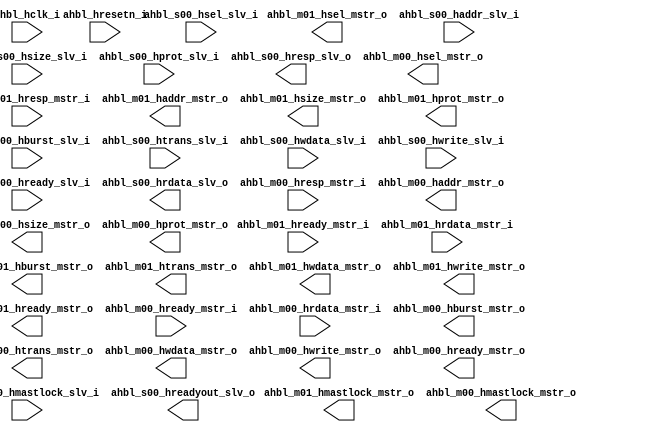
/*******************************************************************************
    Verilog netlist generated by IPGEN Lattice Propel (64-bit)
    2.0.2103172220
    Soft IP Version: 1.1.4
    2021 03 26 11:16:01
*******************************************************************************/
/*******************************************************************************
    Wrapper Module generated per user settings.
*******************************************************************************/
module ahbl0 (ahbl_hclk_i, ahbl_hresetn_i, ahbl_m01_hready_mstr_i,
    ahbl_m01_hresp_mstr_i, ahbl_m01_hrdata_mstr_i, ahbl_m01_hsel_mstr_o,
    ahbl_m01_haddr_mstr_o, ahbl_m01_hburst_mstr_o, ahbl_m01_hsize_mstr_o,
    ahbl_m01_hmastlock_mstr_o, ahbl_m01_hprot_mstr_o, ahbl_m01_htrans_mstr_o,
    ahbl_m01_hwdata_mstr_o, ahbl_m01_hwrite_mstr_o, ahbl_m01_hready_mstr_o,
    ahbl_s00_hsel_slv_i, ahbl_s00_haddr_slv_i, ahbl_s00_hburst_slv_i,
    ahbl_s00_hsize_slv_i, ahbl_s00_hmastlock_slv_i, ahbl_s00_hprot_slv_i,
    ahbl_s00_htrans_slv_i, ahbl_s00_hwdata_slv_i, ahbl_s00_hwrite_slv_i,
    ahbl_s00_hready_slv_i, ahbl_s00_hreadyout_slv_o, ahbl_s00_hresp_slv_o,
    ahbl_s00_hrdata_slv_o, ahbl_m00_hready_mstr_i, ahbl_m00_hresp_mstr_i,
    ahbl_m00_hrdata_mstr_i, ahbl_m00_hsel_mstr_o, ahbl_m00_haddr_mstr_o,
    ahbl_m00_hburst_mstr_o, ahbl_m00_hsize_mstr_o, ahbl_m00_hmastlock_mstr_o,
    ahbl_m00_hprot_mstr_o, ahbl_m00_htrans_mstr_o, ahbl_m00_hwdata_mstr_o,
    ahbl_m00_hwrite_mstr_o, ahbl_m00_hready_mstr_o)/* synthesis syn_black_box syn_declare_black_box=1 */;
    input  ahbl_hclk_i;
    input  ahbl_hresetn_i;
    input  [0:0]  ahbl_m01_hready_mstr_i;
    input  [0:0]  ahbl_m01_hresp_mstr_i;
    input  [31:0]  ahbl_m01_hrdata_mstr_i;
    output  [0:0]  ahbl_m01_hsel_mstr_o;
    output  [31:0]  ahbl_m01_haddr_mstr_o;
    output  [2:0]  ahbl_m01_hburst_mstr_o;
    output  [2:0]  ahbl_m01_hsize_mstr_o;
    output  [0:0]  ahbl_m01_hmastlock_mstr_o;
    output  [3:0]  ahbl_m01_hprot_mstr_o;
    output  [1:0]  ahbl_m01_htrans_mstr_o;
    output  [31:0]  ahbl_m01_hwdata_mstr_o;
    output  [0:0]  ahbl_m01_hwrite_mstr_o;
    output  [0:0]  ahbl_m01_hready_mstr_o;
    input  [0:0]  ahbl_s00_hsel_slv_i;
    input  [31:0]  ahbl_s00_haddr_slv_i;
    input  [2:0]  ahbl_s00_hburst_slv_i;
    input  [2:0]  ahbl_s00_hsize_slv_i;
    input  [0:0]  ahbl_s00_hmastlock_slv_i;
    input  [3:0]  ahbl_s00_hprot_slv_i;
    input  [1:0]  ahbl_s00_htrans_slv_i;
    input  [31:0]  ahbl_s00_hwdata_slv_i;
    input  [0:0]  ahbl_s00_hwrite_slv_i;
    input  [0:0]  ahbl_s00_hready_slv_i;
    output  [0:0]  ahbl_s00_hreadyout_slv_o;
    output  [0:0]  ahbl_s00_hresp_slv_o;
    output  [31:0]  ahbl_s00_hrdata_slv_o;
    input  [0:0]  ahbl_m00_hready_mstr_i;
    input  [0:0]  ahbl_m00_hresp_mstr_i;
    input  [31:0]  ahbl_m00_hrdata_mstr_i;
    output  [0:0]  ahbl_m00_hsel_mstr_o;
    output  [31:0]  ahbl_m00_haddr_mstr_o;
    output  [2:0]  ahbl_m00_hburst_mstr_o;
    output  [2:0]  ahbl_m00_hsize_mstr_o;
    output  [0:0]  ahbl_m00_hmastlock_mstr_o;
    output  [3:0]  ahbl_m00_hprot_mstr_o;
    output  [1:0]  ahbl_m00_htrans_mstr_o;
    output  [31:0]  ahbl_m00_hwdata_mstr_o;
    output  [0:0]  ahbl_m00_hwrite_mstr_o;
    output  [0:0]  ahbl_m00_hready_mstr_o;
endmodule